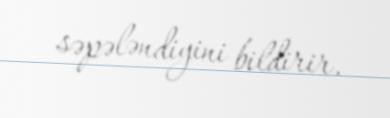
səpələndiyini bildirir.